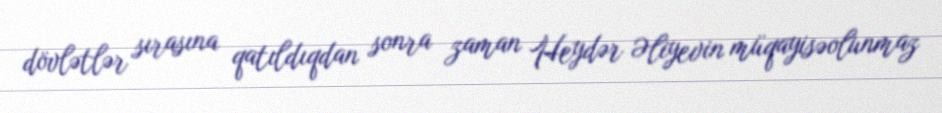
dövlətlər sırasına qatıldıqdan sonra zaman Heydər Əliyevin müqayisəolunmaz